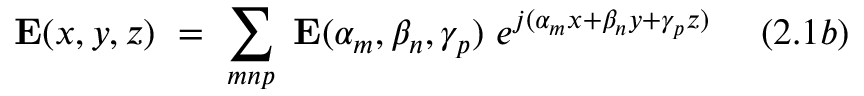
\mathbf { E } ( x , y , z ) ~ = ~ \sum _ { m n p } ~ \mathbf { E } ( \alpha _ { m } , \beta _ { n } , \gamma _ { p } ) ~ e ^ { j ( \alpha _ { m } x + \beta _ { n } y + \gamma _ { p } z ) } ~ ~ ~ ~ ( 2 . 1 b )